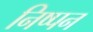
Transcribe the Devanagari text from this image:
निष्पन